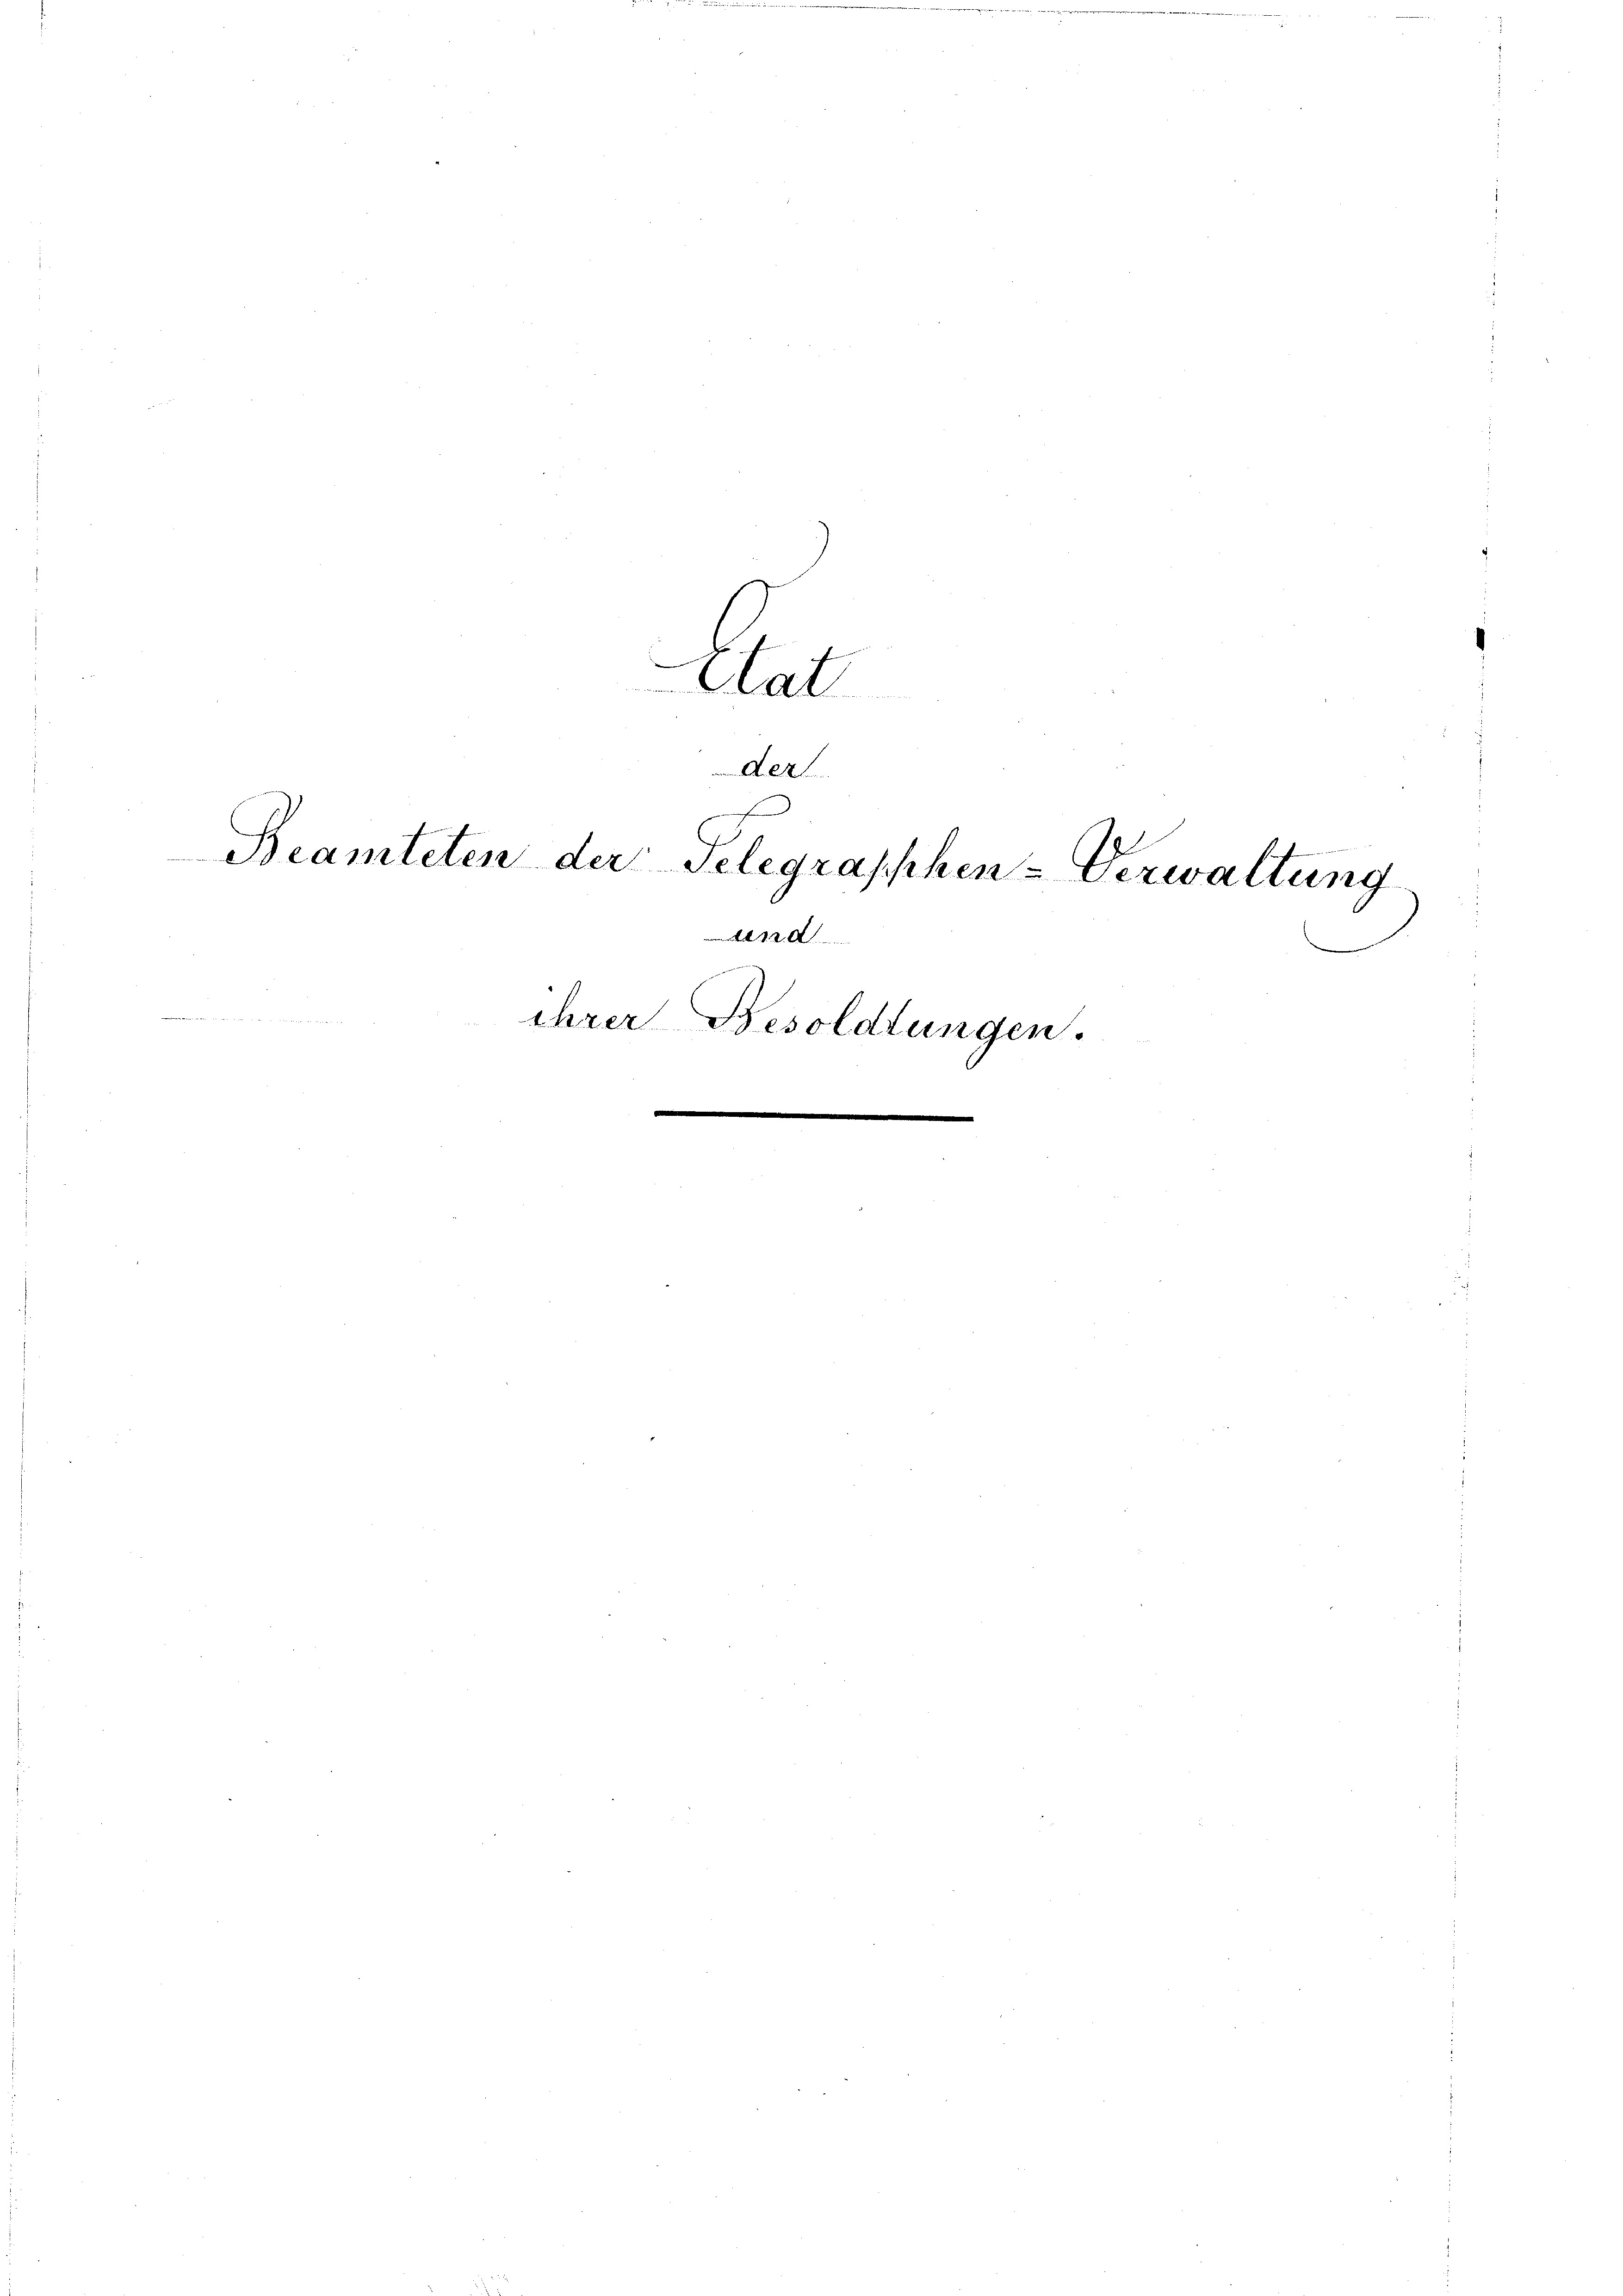
.
Aat
der

e

f
e
Beamteten der Telegraphen-Verwaltung
 12. A
ihrer Besoldtungen.
e
e